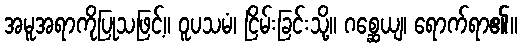
အမူအရာကိုပြုသဖြင့်။ ဝူပသမံ၊ ငြိမ်းခြင်းသို့။ ဂစ္ဆေယျ၊ ရောက်ရာ၏။